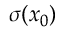
\sigma ( \boldsymbol { x } _ { 0 } )